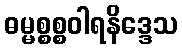
ဓမ္မစ္စစ္စဝါရနိဒ္ဒေသ